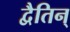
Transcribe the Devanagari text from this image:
द्वैतिन्